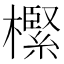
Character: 𣝌